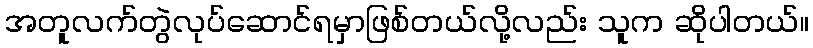
အတူလက်တွဲလုပ်ဆောင်ရမှာဖြစ်တယ်လို့လည်း သူက ဆိုပါတယ်။